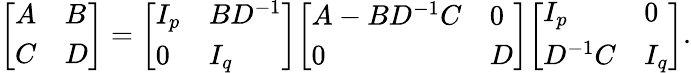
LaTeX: {\left[\begin{array}{ll}{A}&{B}\\ {C}&{D}\end{array}\right]}={\left[\begin{array}{ll}{I_{p}}&{BD^{-1}}\\ {0}&{I_{q}}\end{array}\right]}{\left[\begin{array}{ll}{A-BD^{-1}C}&{0}\\ {0}&{D}\end{array}\right]}{\left[\begin{array}{ll}{I_{p}}&{0}\\ {D^{-1}C}&{I_{q}}\end{array}\right]}.